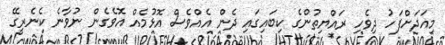
މިއަދަށްފަހު ދިވެހި ރައްޔިތުންގެ ކިބައިގައި ދެން އެއްވެސް އޮޅުމެއް އޮވެގެން ނުވާނެ ކެނެރީގޭ